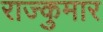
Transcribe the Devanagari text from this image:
राज्कुमार